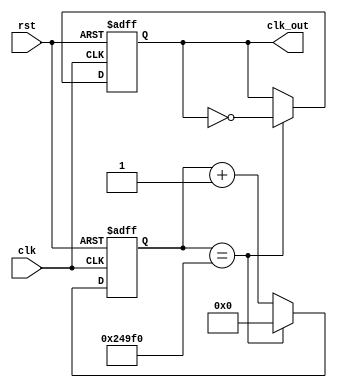
// Description:
// Clockdivider

//-----Module Interface-----
module clock_divider(
clk,
rst,
clk_out
);

//-----Input Ports and Type-----
input clk, rst; // Default to "wire" type

//-----Output Ports and Type-----
output reg clk_out; // A register type

//-----Hardware Description Starts Here-----
reg [27:0] counter; 	// Counter incremented on each "clk" cycle
						// Counter is 28 bits wide, can count up to
						// 2^28 in decimal
						
// Some important comment. Read pdf file

always @(posedge clk or posedge rst)
begin
	if(rst) begin
		counter <= 28'd0;	// 28'd0 means 28-bit number with decimal value 0
		clk_out <= 1'b0;	// 1'b0 means 1-bit number with binary value 0
	end
	// originally 25000000
	// When it starts to look static: 150000
	else if(counter==28'd150000) begin
		counter <= 28'd0;
		clk_out <= ~clk_out;
	end
	else begin
		counter <= counter +1;
	end
end

endmodule